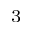
^ { 3 }